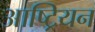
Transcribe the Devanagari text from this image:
आष्ट्रियन